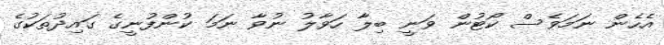
އެހެން ނަމަވެސް ކޯޓުން ވަނީ ބިލާ ހަވާލު ނުވާ ނަމަ ކުންފުނީގެ ގައިދުތަކުގެ